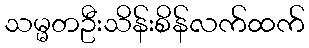
သမ္မတဦးသိန်းစိန်လက်ထက်